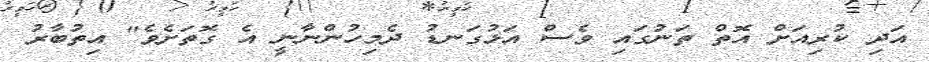
އަދި ކުރިއަށް އޮތް ތަނުގައި ވެސް އަޅުގަނޑު ދެމިހުންނާނީ އެ ގޮތަށެވެ" އިތުބާރު